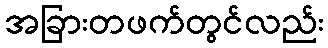
အခြားတဖက်တွင်လည်း